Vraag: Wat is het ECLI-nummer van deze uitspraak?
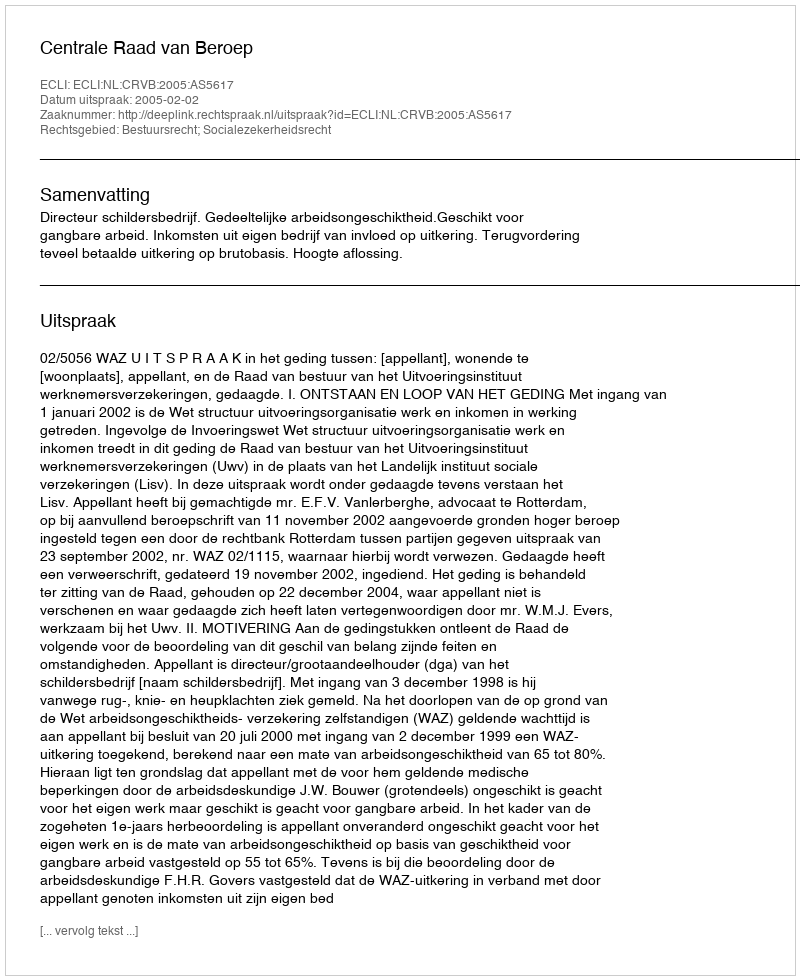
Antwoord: ECLI:NL:CRVB:2005:AS5617